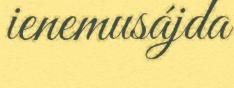
ienemusájda